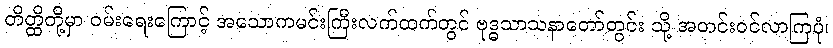
တိတ္ထိတို့မှာ ဝမ်းရေးကြောင့် အသောကမင်းကြီးလက်ထက်တွင် ဗုဒ္ဓသာသနာတော်တွင်း သို့ အတင်းဝင်လာကြပုံ၊